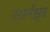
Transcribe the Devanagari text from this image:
सार्नेश्वर